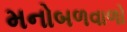
મનોબળવાળો